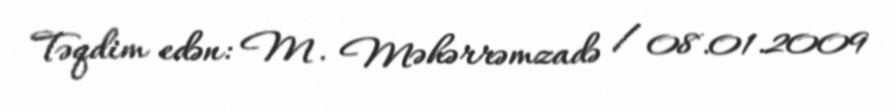
Təqdim edən: M. Məhərrəmzadə / 08.01.2009